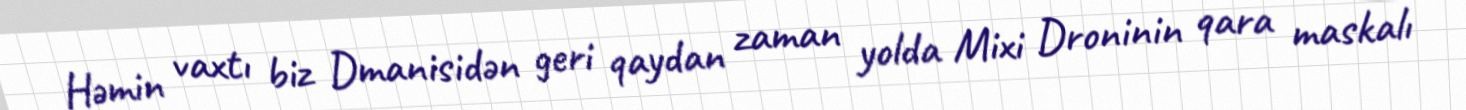
Həmin vaxtı biz Dmanisidən geri qaydan zaman yolda Mixi Droninin qara maskalı